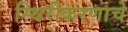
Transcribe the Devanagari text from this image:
स्थिरीकरणाचे